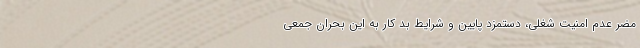
مضر عدم امنیت شغلی، دستمزد پایین و شرایط بد کار به این بحران جمعی